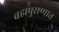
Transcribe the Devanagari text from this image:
ब्रह्मपुराणात